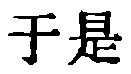
于是